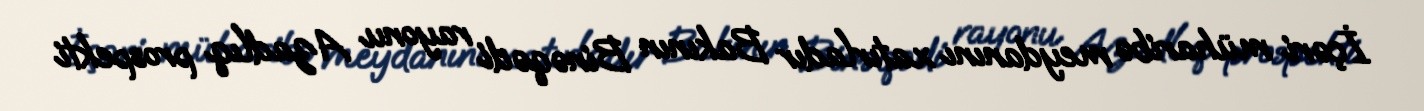
İçəri müharibə meydanını xatırladır Bakının Binəqədi rayonu Azadlıq prospekti